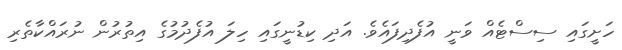
ހަށީގައި ސިސްޓެއް ވަނީ އުފެދިފައެވެ. އަދި ކިޑުނީގައި ހިލަ އުފެދުމުގެ އިތުރުން ނުރައްކާތެރި